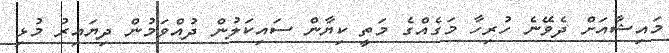
މައިޝާއަށް ދެވޭނެ ހުރިހާ މަގެއްގެ މަތީ ކިޔާން ސައިކަލުން ދުއްވަމުން ދިޔައިރު މުޅި